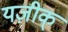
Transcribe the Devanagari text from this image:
यज़ीक्